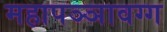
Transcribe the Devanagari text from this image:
महापञ्ञावग्ग